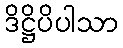
ဒိဋ္ဌိပိပါသာ